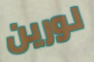
لورين